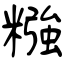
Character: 糨